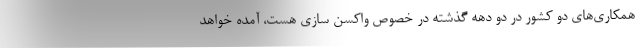
همکاری‌های دو کشور در دو دهه گذشته در خصوص واکسن سازی هست، آمده خواهد